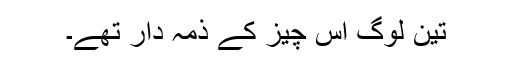
تین لوگ اس چیز کے ذمہ دار تھے۔